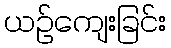
ယဉ်ကျေးခြင်း